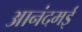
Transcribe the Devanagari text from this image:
आनंदमई